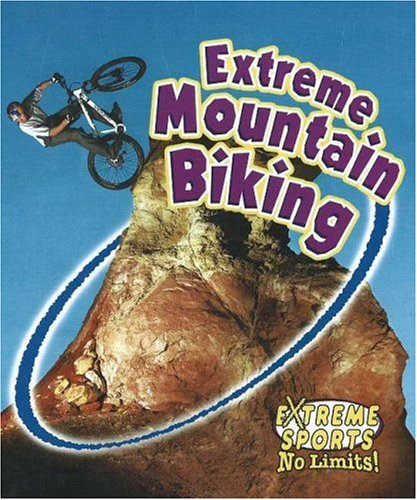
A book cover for Extreme Mountain Biking (Extreme Sports-No Limits!); Kelley Macaulay; Children's Books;